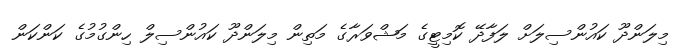
މިލަންދޫ ކައުންސިލަށް ލަފާދޭ ކޮމިޓީގެ މަޝްވަރާގެ މަތިން މިލަންދޫ ކައުންސިލް ހިންގުމުގެ ކަންކަން